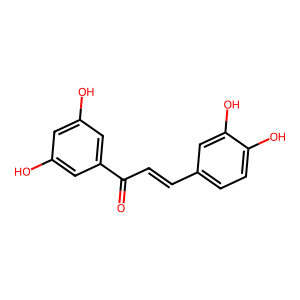
SMILES: O=C(C=Cc1ccc(O)c(O)c1)c1cc(O)cc(O)c1
Inhibits HIV replication: No